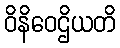
ဝိနိဝေဌိယတိ